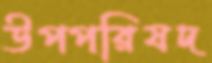
উপপরিষদ